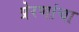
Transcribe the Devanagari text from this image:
प्रेरणांचा